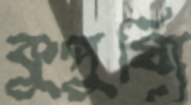
কুপুষ্যি